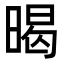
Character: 暍